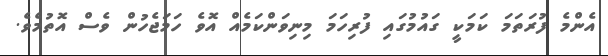
އެންމެ ފުރަތަމަ ކަމަކީ ގައުމުގައި ފުރިހަމަ މިނިވަންކަމެއް އޮވެ ހަމަޖެހުން ވެސް އޮތުމެވެ.